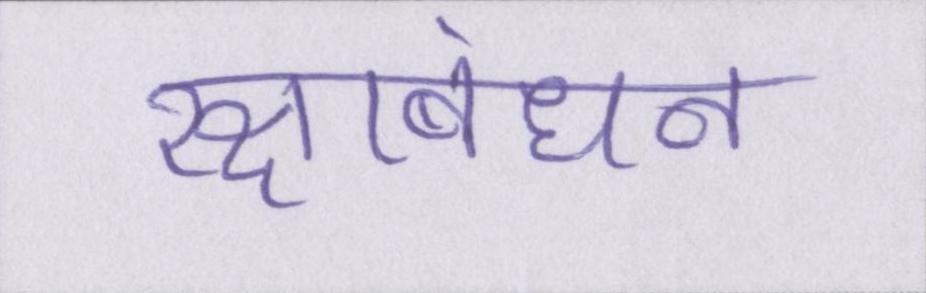
रक्षाबंधन